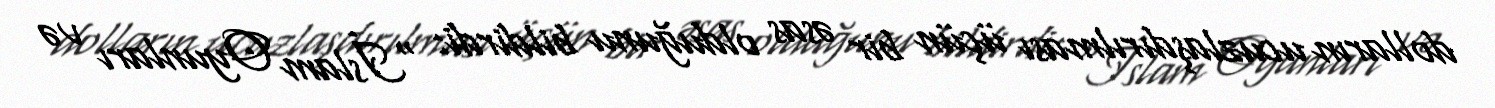
dolların ucuzlaşdırılması üçün bir əsas olduğunu bildirdi: “İslam Oyunları və